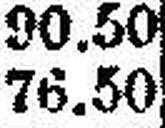
76.50